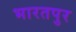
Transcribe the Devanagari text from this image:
भारतपुर